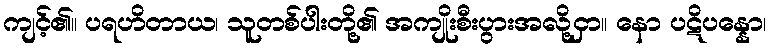
ကျင့်၏။ ပရဟိတာယ၊ သူတစ်ပါးတို့၏ အကျိုးစီးပွားအလို့ငှာ။ နော ပဋိပန္နော၊